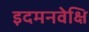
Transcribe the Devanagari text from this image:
इदमनवेक्षि